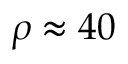
\rho \approx 4 0